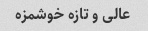
عالی و تازه خوشمزه